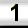
Digit: 1